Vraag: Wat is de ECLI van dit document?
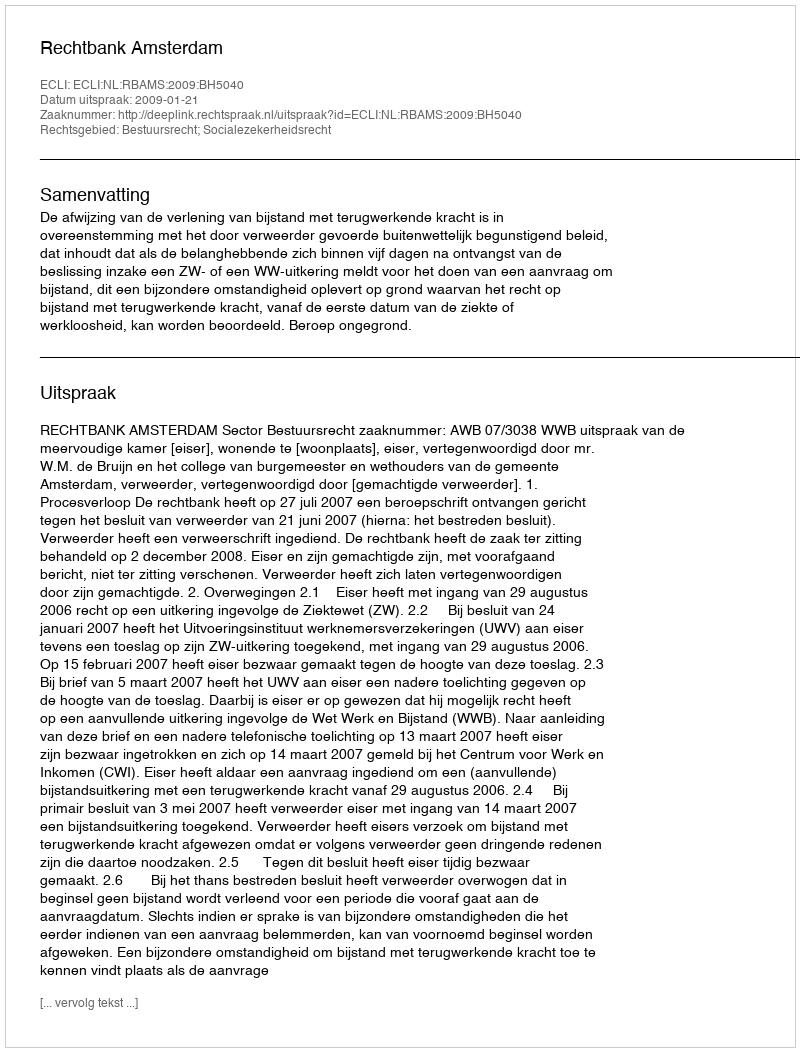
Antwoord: ECLI:NL:RBAMS:2009:BH5040